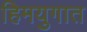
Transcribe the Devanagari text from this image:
हिमयुगात